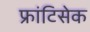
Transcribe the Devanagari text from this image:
फ्रांटिसेक